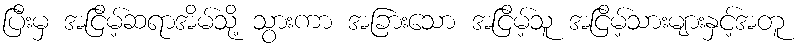
ပြီးမှ အငြိမ့်ဆရာအိမ်သို့ သွားကာ အခြားသော အငြိမ့်သူ အငြိမ့်သားများနှင့်အတူ